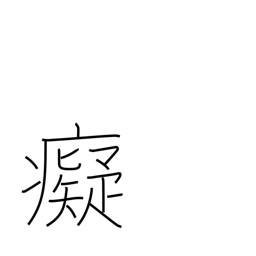
Meaning: foolish